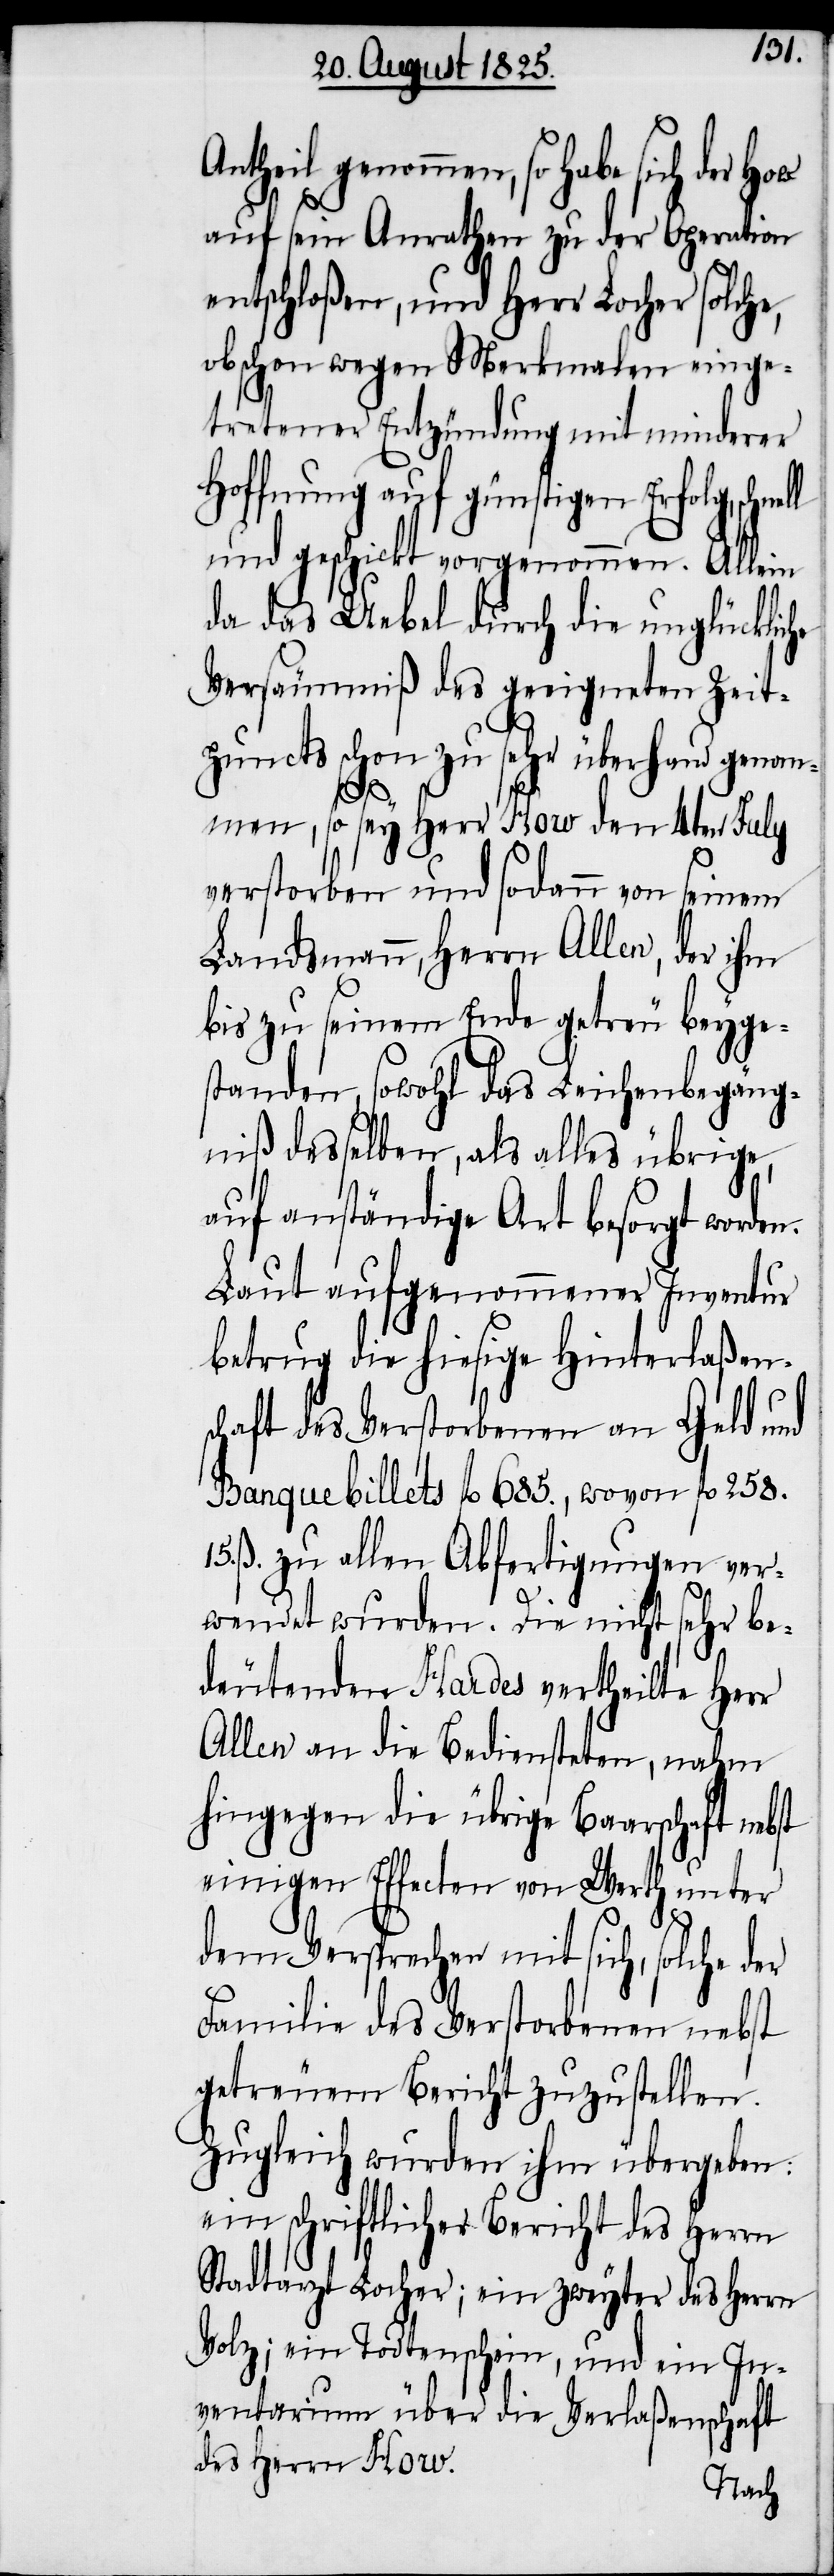
Antheil genommen, so habe sich
auf sein Anrathen zu der Operation
entschloßen, und Herr Locher solche,
obschon wegen Merkmalen einge¬
tretener Entzündung mit minderer
Hoffnung auf günstigen Erfolg,
und geschickt vorgenommen. Allein
da das Uebel durch die unglückliche
Versäumniß des geeigneten Zeit¬
puncts schon zu sehr überhand genom¬
men, so sey Herr How den 4ten July
verstorben und sodann von seinem
Landsmann, Herrn Allen, der ihm
bis zu seinem Ende getreu beyge¬
standen, sowohl das Leichenbegäng¬
niß desselben, als alles übrige,
auf anständige Art besorgt worden.
Laut aufgenommener Inventur
betrug die hiesige Hinterlaßen¬
schaft des Verstorbenen an Geld und
Banque Billets fl. 685., wovon fl. 258.
ß. zu allen Abfertigungen ver¬
wendet wurden. Die nicht sehr be¬
deutenden Hardes vertheilte Herr
Allen an die Bediensteten, nahm
hingegen die übrige Baarschaft nebst
einigen Effecten von Werth unter
dem Versprechen mit sich, solche der
Familie des Verstorbenen nebst
getreuem Bericht zuzustellen.
Zugleich wurden ihm übergeben:
ein schriftlicher Bericht des Herrn
Stadtarzt Locher; ein zweyter des Herrn
Volz, ein Todtenschein, und ein In¬
ventarium über die Verlaßenschaft
des Herrn How.